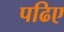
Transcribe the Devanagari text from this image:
पढिए